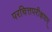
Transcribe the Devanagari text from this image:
परचित्तपरीक्षणम्‌